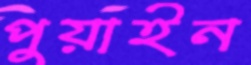
পুয়াইন